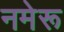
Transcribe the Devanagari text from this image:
नमेरू